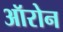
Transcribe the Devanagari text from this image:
ऑरोन